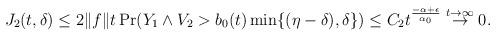
LaTeX: \begin{align*} J_2(t,\delta) & \leq 2\|f\| t \Pr(Y_1\wedge V_2>b_0(t)\min\{(\eta-\delta),\delta\}) \leq C_{2} t^{\frac{-\alpha+\epsilon}{\alpha_0}} \stackrel{t\to\infty}{\to}0.\end{align*}